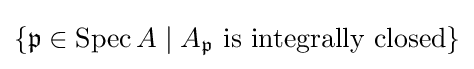
\{{\mathfrak {p}}\in \operatorname {Spec} A\mid A_{\mathfrak {p}}{\text{ is integrally closed}}\}